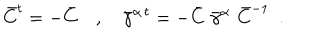
LaTeX: { \bar { C } } ^ { t } = - { \bar { C } } ~ , ~ { { \bar { \gamma } } ^ { \alpha \, t } } = - { \bar { C } } \, \, { \bar { \gamma } } ^ { \alpha } \, \, { \bar { C } } ^ { - 1 } ~ ~ .